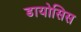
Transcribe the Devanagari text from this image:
डायोसिस